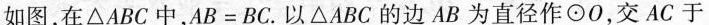
如图，在△ABC中，$$A B = B C$$.以△ABC的边AB为直径作\odot O，交AC于